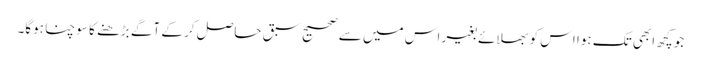
جو کچھ ابھی تک ہوا اس کو بھلائے بغیر اس میں سے صحیح سبق حاصل کر کے آگے بڑھنے کا سوچنا ہوگا۔